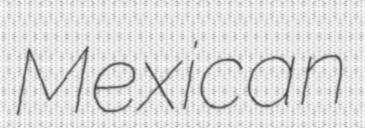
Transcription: Mexican